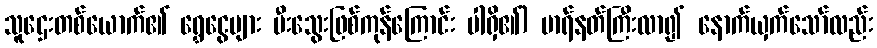
သူဌေးတစ်ယောက်၏ ရွှေငွေများ မီးသွေးဖြစ်ကုန်ကြောင်း ပါရှိ၏) မာရ်နတ်ကြီးလာ၍ နောက်ယှက်သော်လည်း